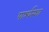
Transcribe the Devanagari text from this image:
पार्श्वस्था